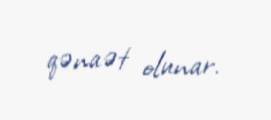
qənaət olunar.